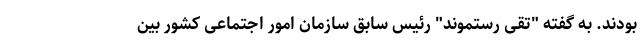
بودند. به گفته "تقی رستموند" رئیس سابق سازمان امور اجتماعی کشور بین